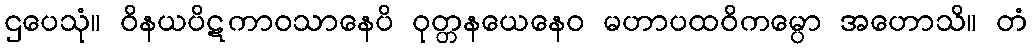
ဌပေသုံ။ ဝိနယပိဋကာဝသာနေပိ ဝုတ္တနယေနေဝ မဟာပထဝိကမ္ပော အဟောသိ။ တံ